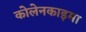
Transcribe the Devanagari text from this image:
कोलेनकाइमा